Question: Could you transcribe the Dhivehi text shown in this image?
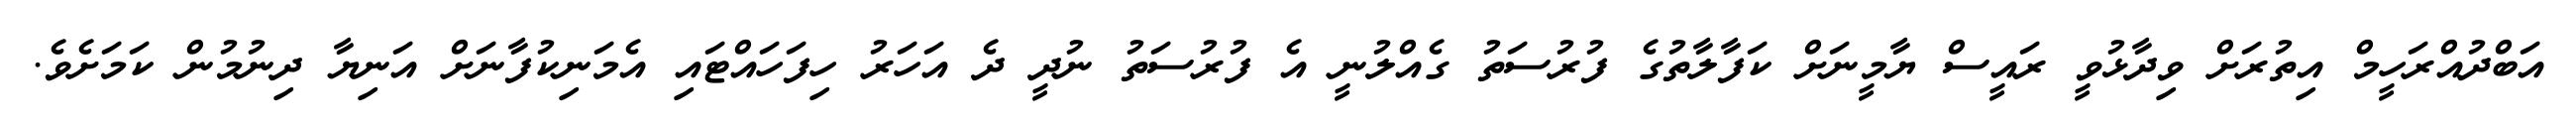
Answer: އަބްދުއްރަހީމް އިތުރަށް ވިދާޅުވީ ރައީސް ޔާމީނަށް ކަފާލާތުގެ ފުރުސަތު ގެއްލުނީ އެ ފުރުސަތު ނުދީ ދެ އަހަރު ހިފަހައްޓައި އެމަނިކުފާނަށް އަނިޔާ ދިނުމުން ކަމަށެވެ.